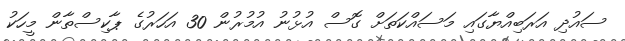
ސައުދި އަރަބިއްޔާގައި މަސައްކަތަށް ގޮސް އުޅުނު އުމުރުން 30 އަހަރުގެ ޕާކިސްތާން މީހަކު